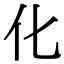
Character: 化